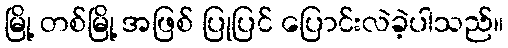
မြို့ တစ်မြို့ အဖြစ် ပြုပြင် ပြောင်းလဲခဲ့ပါသည်။